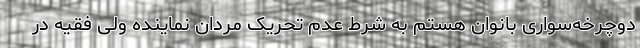
دوچرخه‌سواری بانوان هستم به شرط عدم تحریک مردان نماینده ولی فقیه در